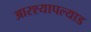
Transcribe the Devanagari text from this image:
आरश्यापल्याड